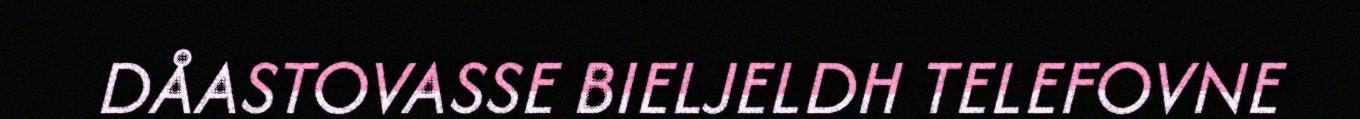
DÅASTOVASSE BIELJELDH TELEFOVNE